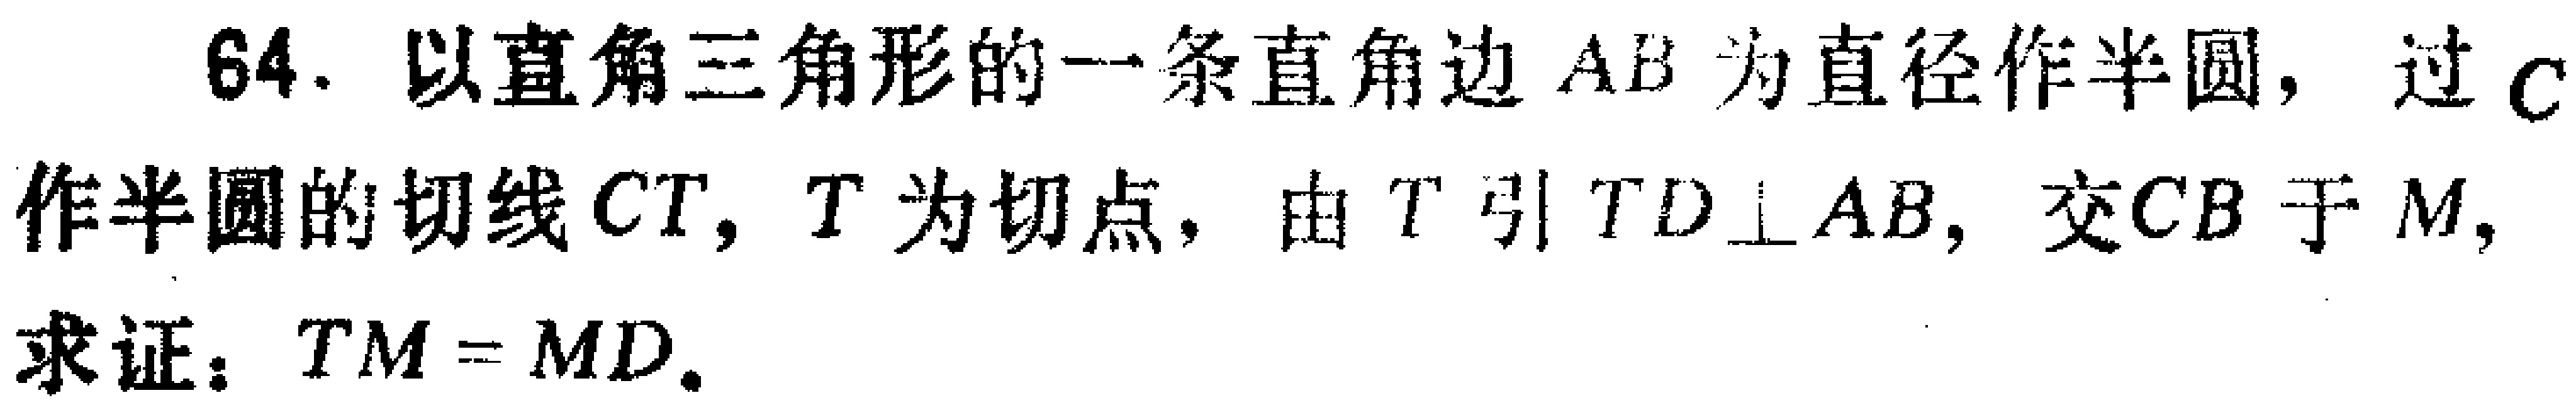
64. 以直角三角形的一条直角边 \(AB\) 为直径作半圆，过 \(C\) 作半圆的切线 \(CT\)，\(T\) 为切点，由 \(T\) 引 \(TD\perp AB\)，交 \(CB\) 于 \(M\)，求证：\(TM = MD\)。